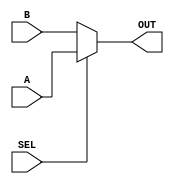
`timescale 1ns / 1ps 
//////////////////////////////////////////////////////////////////////////////////
// Company:
// Engineer:
//
// Design Name:
// Module Name:    SELECT
// Project Name:
// Target Devices:
// Tool versions:
// Description: SEL=1, output A. SEL=0, output B.
//
// Dependencies:
//
// Revision:
// Revision 0.01 - File Created
// Additional Comments:
//
//////////////////////////////////////////////////////////////////////////////////
module select(
           SEL,
           A,
           B,
           OUT
       );
parameter N = 233; //
input SEL;
input [N - 1 : 0] A;
input [N - 1 : 0] B;
output [N - 1 : 0] OUT;

assign OUT = SEL ? A : B;




endmodule